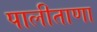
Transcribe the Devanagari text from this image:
पालीताणा